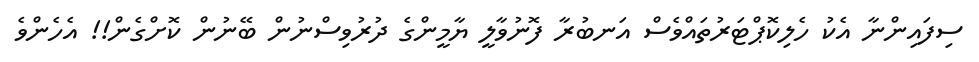
ސިފައިންނާ އެކު ހެލިކޮޕްޓަރުތައްވެސްް އަނބުރާ ފޮނުވާލީ ޔާމީންގެ ދުރުވިސްނުން ބޭނުން ކޮށްގެން!! އެހެންވެ